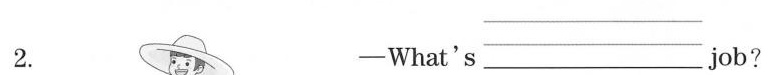
2. What's ___ job?